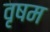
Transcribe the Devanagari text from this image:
वृषम